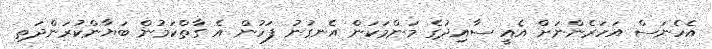
އެހެނަސް އަހަރެންނަށް އެއީ ސާއިދުގެ މަންމަކަން އެނގުނު ފަހުން އެ ގާތްކަމުން ބަޔާންކުރަންދަތި